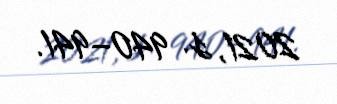
2021, s. 940–941.